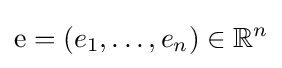
\mathrm {e} =(e_{1},\dots ,e_{n})\in \mathbb {R} ^{n}